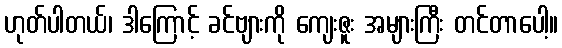
ဟုတ်ပါတယ်၊ ဒါကြောင့် ခင်ဗျားကို ကျေးဇူး အများကြီး တင်တာပေါ့။